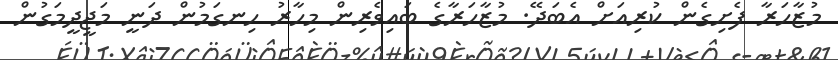
މުޒާހަރާ ފެށިގެން ކުރިއަށް އެބަދޭ. މުޒާހަރާގެ ބައިވެރިން މިހާރު ހިނގަމުން ދަނީ މަޖީދީމަގުން